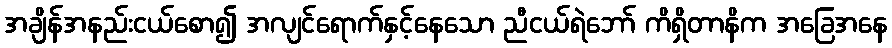
အချိန်အနည်းငယ်စော၍ အလျင်ရောက်နှင့်နေသော ညီငယ်ရဲဘော် ကိရှိတာနိက အခြေအနေ